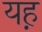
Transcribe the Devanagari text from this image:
यह़